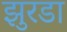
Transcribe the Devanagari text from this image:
झुरडा